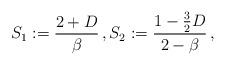
LaTeX: \begin{align*}S_1:= \frac{2 + D}{\beta} \,, S_2 := \frac{1-\frac{3}{2}D}{2-\beta} \,,\end{align*}